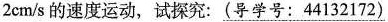
2cm/s的速度运动，试探究：(导学号：44132172)